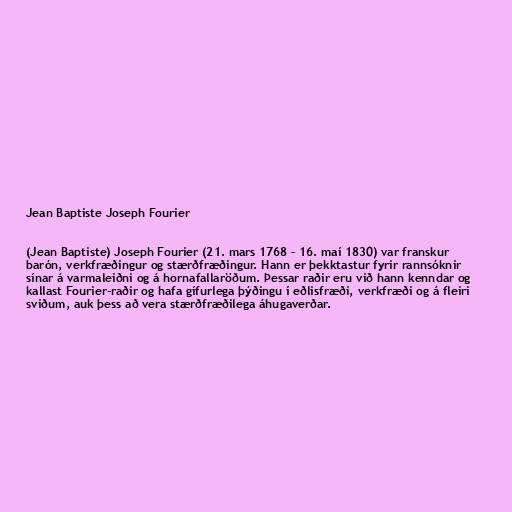
Jean Baptiste Joseph Fourier

(Jean Baptiste) Joseph Fourier (21. mars 1768 – 16. maí 1830) var franskur
barón, verkfræðingur og stærðfræðingur. Hann er þekktastur fyrir rannsóknir
sínar á varmaleiðni og á hornafallaröðum. Þessar raðir eru við hann kenndar og
kallast Fourier-raðir og hafa gífurlega þýðingu í eðlisfræði, verkfræði og á fleiri
sviðum, auk þess að vera stærðfræðilega áhugaverðar.